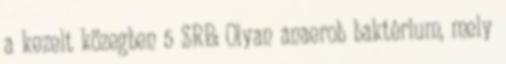
a kezelt közegben 5 SRB: Olyan anaerob baktérium, mely